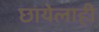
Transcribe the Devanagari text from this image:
छायेलाही